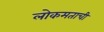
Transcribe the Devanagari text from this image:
लोकमताची